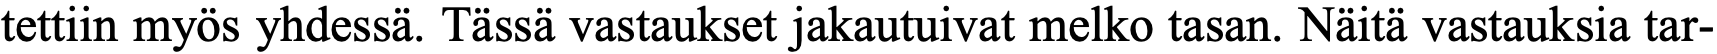
tettiin myös yhdessä. Tässä vastaukset jakautuivat melko tasan. Näitä vastauksia tar-